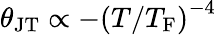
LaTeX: \theta_{\mathrm{JT}}\propto-\left(T/{T_{\mathrm{F}}}\right)^{-4}